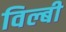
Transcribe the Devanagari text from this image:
विल्बी